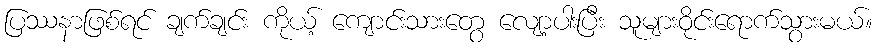
ပြဿနာဖြစ်ရင် ချက်ချင်း ကိုယ့် ကျောင်းသားတွေ လျော့ပါးပြီး သူများဝိုင်းရောက်သွားမယ်။